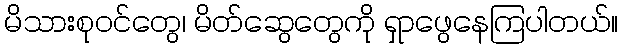
မိသားစုဝင်တွေ၊ မိတ်ဆွေတွေကို ရှာဖွေနေကြပါတယ်။